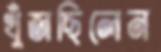
খুঁজছিলেন